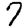
Digit: 7